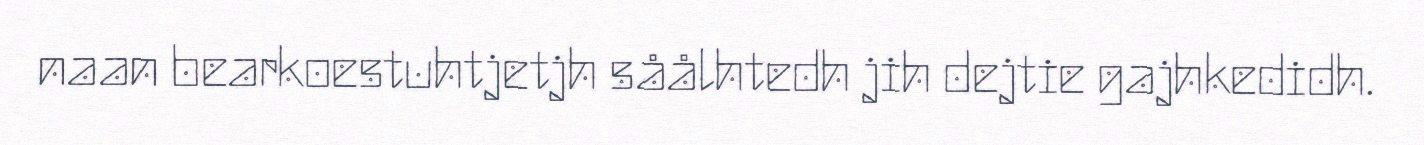
naan bearkoestuhtjetjh såålhtedh jih dejtie gajhkedidh.